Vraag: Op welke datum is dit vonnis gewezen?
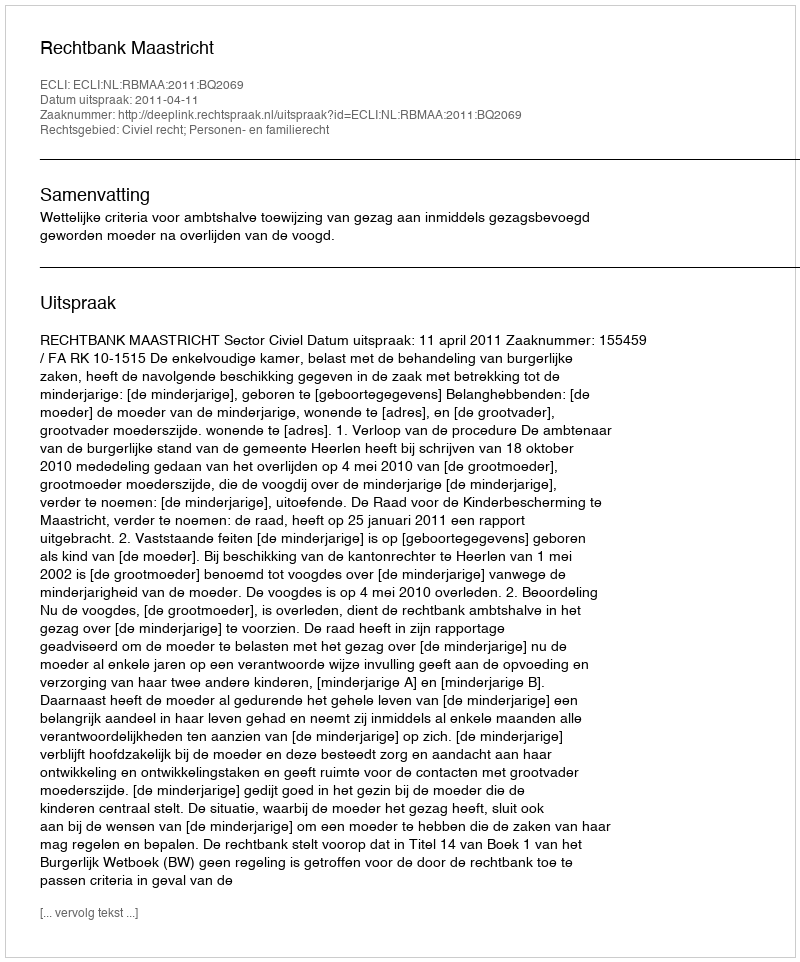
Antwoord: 2011-04-11